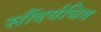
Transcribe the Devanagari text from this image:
सौंदर्यचित्र